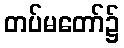
တပ်မတော်၌